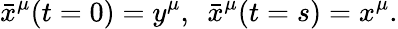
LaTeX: \bar{x}^{\mu}(t=0)=y^{\mu},\, \, \, \bar{x}^{\mu}(t=s)=x^{\mu}.